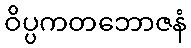
ဝိပ္ပကတဘောဇနံ